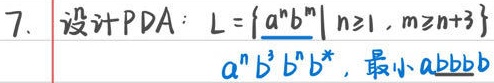
7. 设计PDA：$L = \{a^n b^m\mid n\geq1, m\geq n + 3\}$
$a^n b^3 b^n b^*$, 最小$abbb$